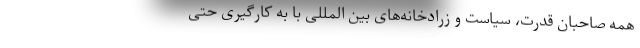
همه صاحبان قدرت، سیاست و زرادخانه‌های بین المللی با به کارگیری حتی